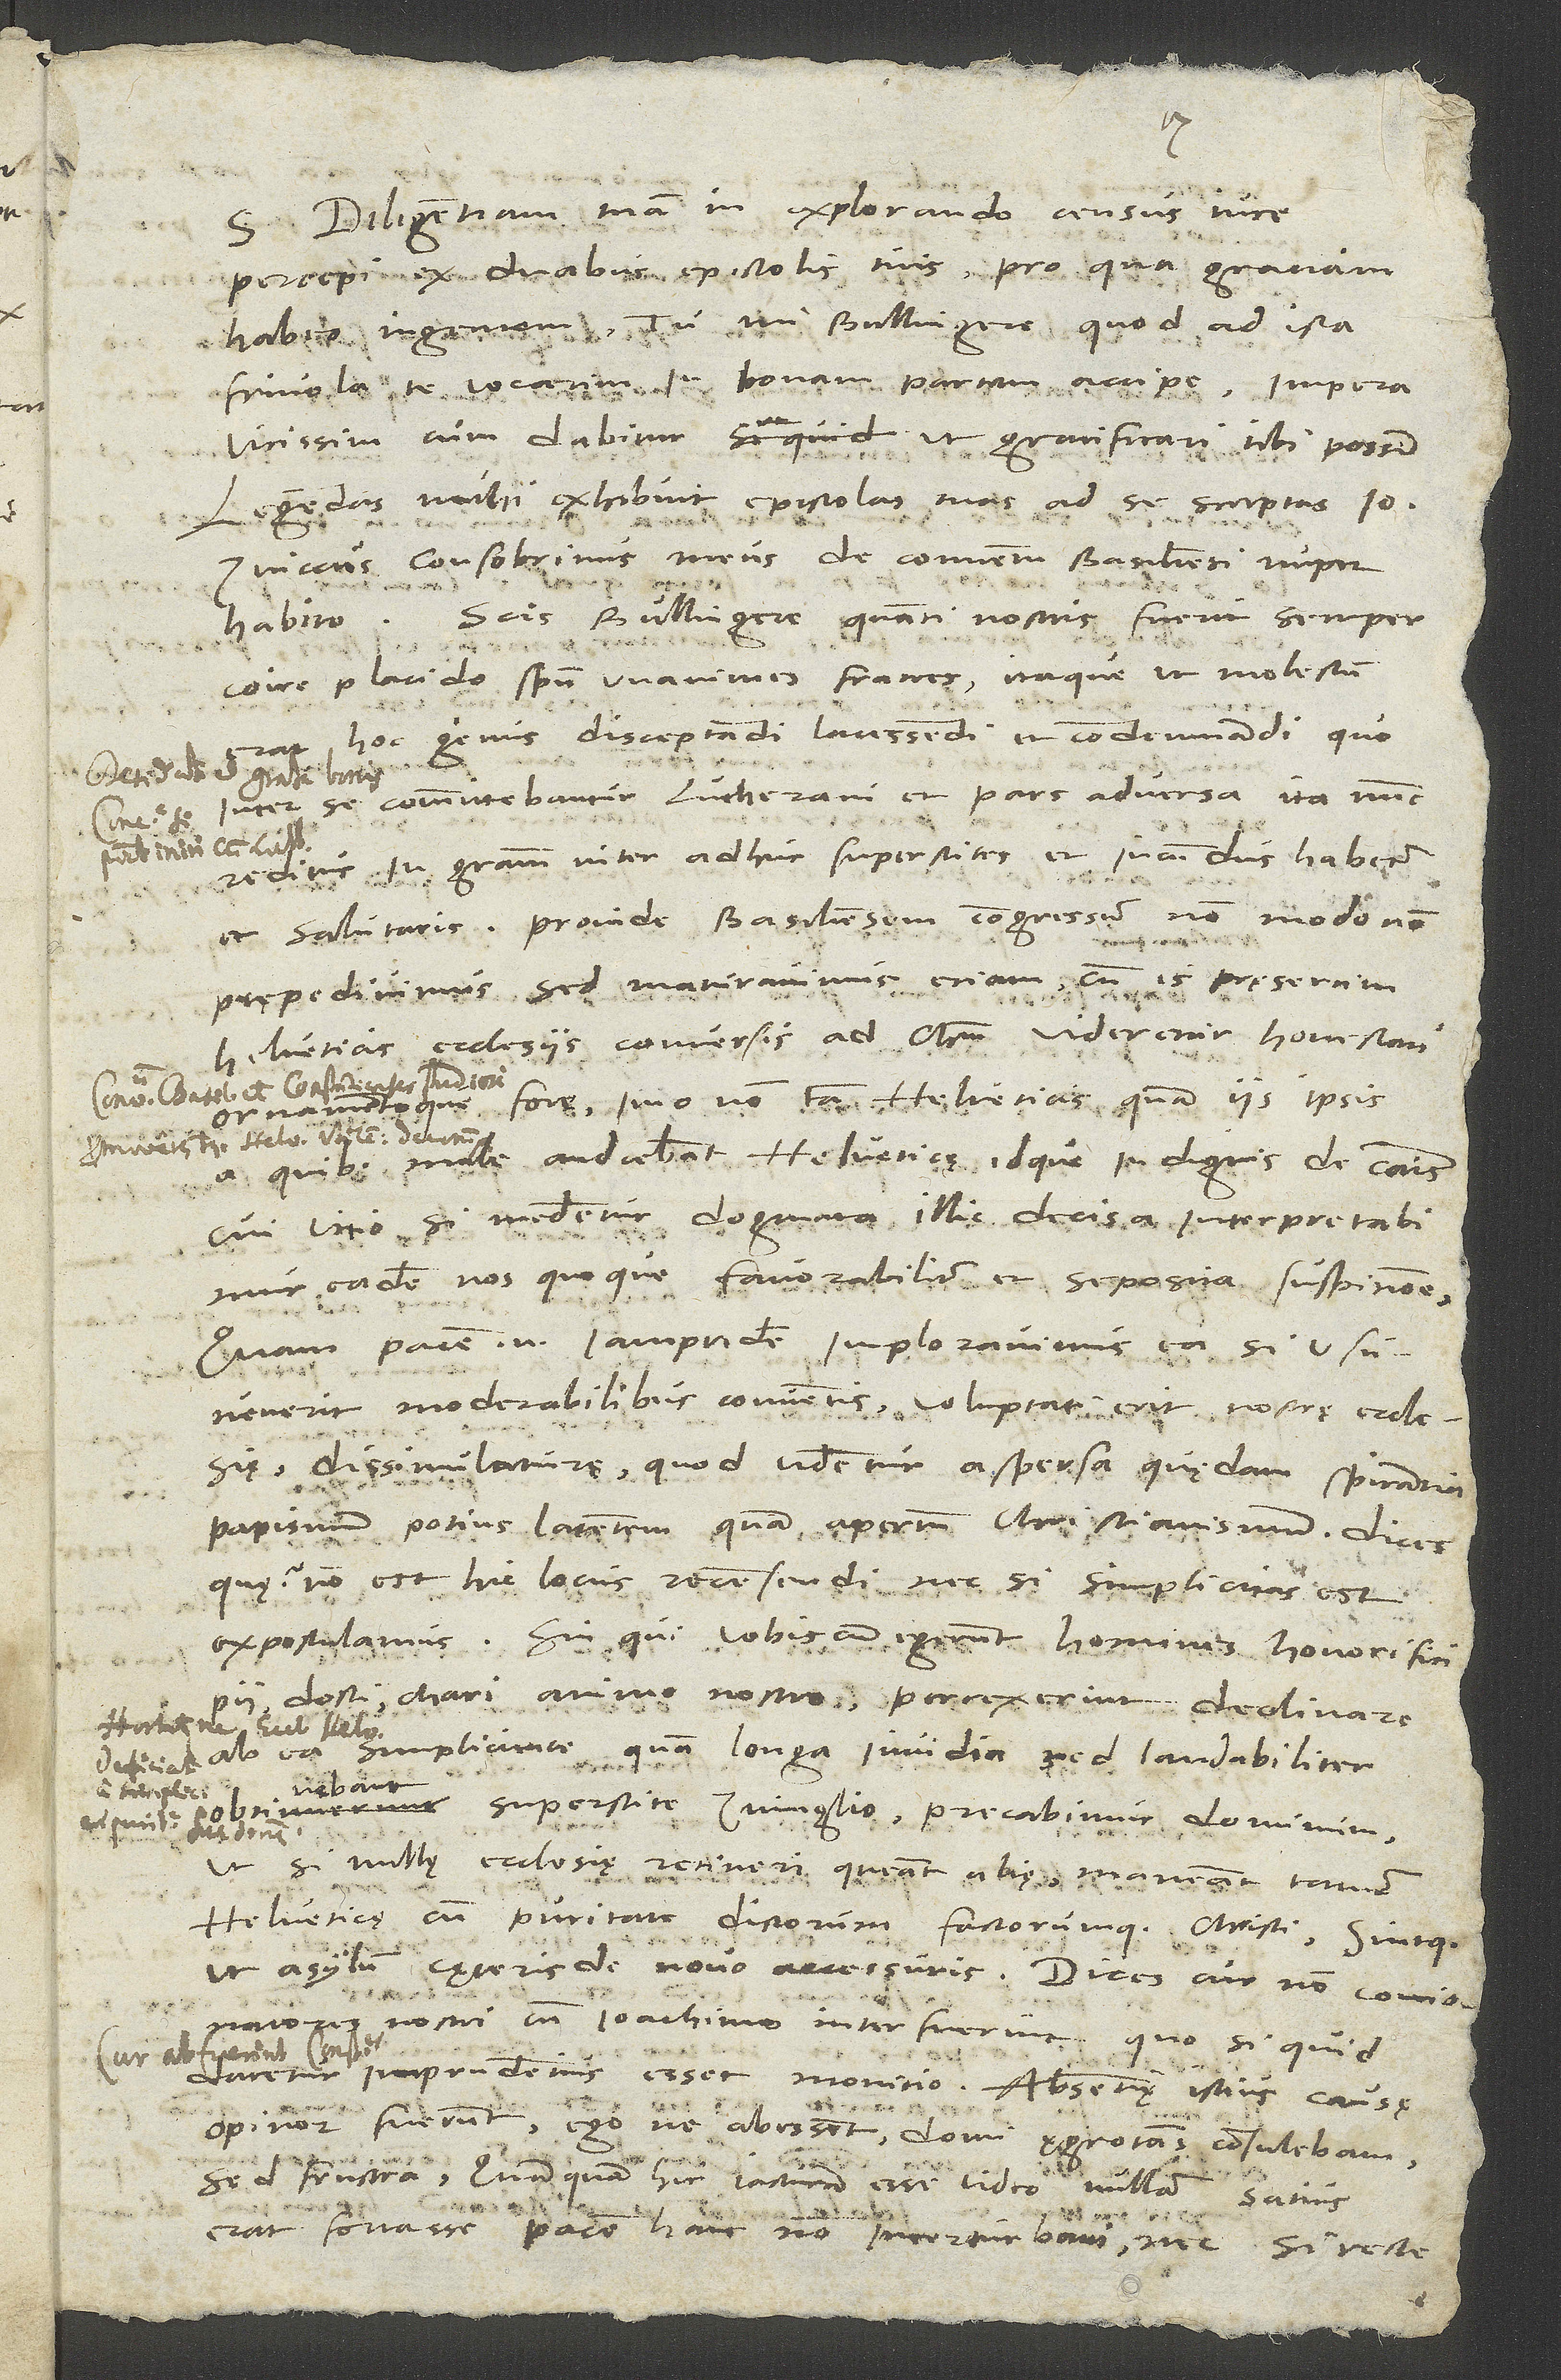
S.
Diligentiam tuam in explorando census iure
percepi ex duabus epistolis tuis, pro qua gratiam
habeo ingentem. Tu, mi Bullingere, quod ad ista
frivola te vocarim, in bonam partem accipe. Impera
vicissim, cum dabitur, ut gratificari tibi possim.
Legendas mihi exhibuit epistolas tuas ad se
Zviccus, consobrinus meus, de conventu Basiliensi nuper
Scis, Bullingere, quanti nostris fuerit semper
habito.
coire placido spiritu unanimes fratres; itaque, ut molestum
hoc genus disceptandi, lacessendi et condemnandi, quo
inter se committebantur Lutherani et pars adversa, ita nunc
reditus in gratiam inter adhuc superstites et iucundus habetur
et salutaris. Proinde Basiliensem congressum non modo non
praepedivimus, sed maturavimus etiam, cum is praesertim
Helveticis ecclesiis conversis ad Christum videretur honestati
omamentoque fore, imo non tam Helveticis quam iis ipsis,
male audiebant Helveticae idque indignis de causis.
Cui vitio si medentur dogmata illic decisa, interpretabimur
eadem nos quoque favorabiliter et seposita suspitione.
Quam pacem enim iampridem imploravimus, ea si usuvenerit
moderabilibus conventis, voluptati erit nostrae ecclesiae
dissimulaturae, quod videntur aspersa quaedam spirantia
papismum potius latentem quam apertum christianismum. Dices
quae? Non est hic locus recensendi, nec, si simplicitas est,
expostulamus. Sin qui vobiscum egerunt homines honorifici,
pii, docti, chari animo nostro perrexerint declinare
ab ea simplicitate, quam longa invidia, sed laudabiliter
superstite Zvinglio, precabimur dominum,
ut, si nullae ecclesiae retineri queant aliae, maneant tamen
Helveticae cum puritate dictorum factorumque Christi sintque
ut asylum cęteris de novo accessuris. Dices, cur non concionatores
nostri cum Ioachimo interfuerunt, quo, si quid
daretur imprudentius, esset monitio. Absentiae istius causae,
opinor, fuerunt. Ego, ne abessent, domi aegrotans consulebam,
sed frustra. Quanquam hic iacturam esse video nullam; satius
erat fortasse pacem hanc non interturbari, nec, si recte